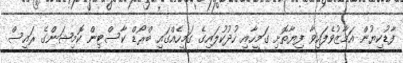
ފާޑުކިޔުން އަމާޒުވެފައިވާ ފިޔާތޮށި ގަމީހާއި ހުދުކުލައިގެ ގަމީހެއްގައި ބްރޯޑް ކާސްޓިން ކޮމިޝަންގެ ރައީސް